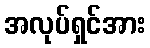
အလုပ်ရှင်အား